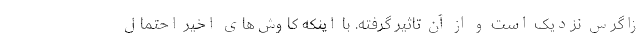
زاگرس نزدیک است و از آن تاثیر گرفته. با اینکه کاوش‌های اخیر احتمال